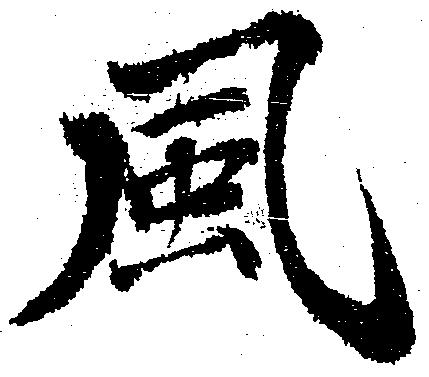
風